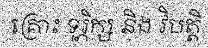
គ្រោះ ទុរ្ភិក្ស និង វិបត្តិ